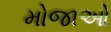
મોજાઓ